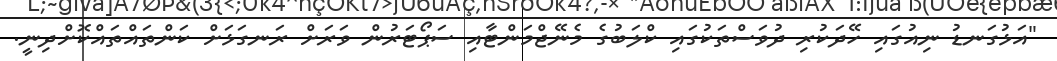
"އަޅުގަނޑު ނިއުގައި ހޭދަކުރި ދުވަސްތަކުގައި ކްލަބުގެ މެނޭޖްމަންޓާއި ސަޕޯޓަރުން ވަރަށް ރަނގަޅަށް ކަންތައްތައްކޮށްދިނީ.